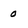
Character: 0